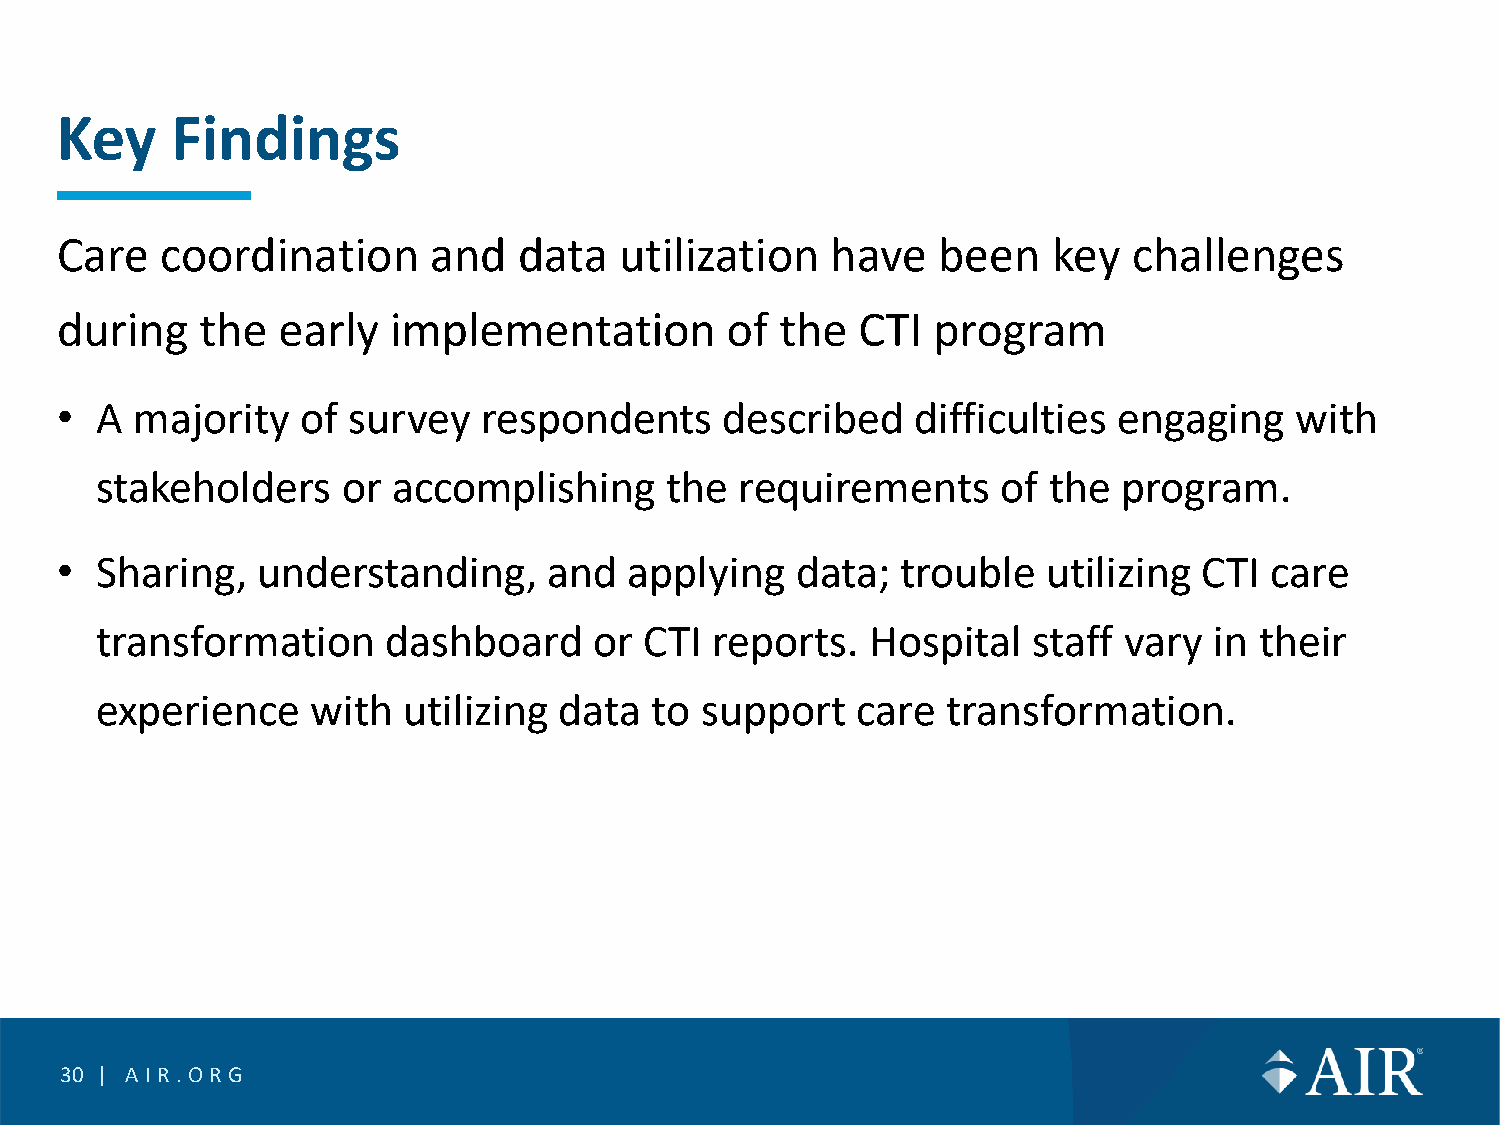
Key    Findings
 Care   coordination     and   data   utilization   have   been    key  challenges
 during   the  early   implementation        of  the  CTI  program
 • A  majority   of survey   respondents     described    difficulties engaging    with
 stakeholders     or accomplishing     the  requirements     of the  program.
 • Sharing,   understanding,     and   applying   data;  trouble  utilizing  CTI care
 transformation      dashboard    or  CTI reports.   Hospital  staff vary  in their
 experience     with  utilizing data  to support    care  transformation.
 30 | AIR.O RG